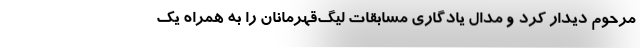
مرحوم دیدار کرد و مدال یادگاری مسابقات لیگ‌قهرمانان را به همراه یک